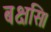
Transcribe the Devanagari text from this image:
बक्षसि।